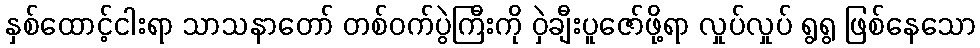
နှစ်ထောင့်ငါးရာ သာသနာတော် တစ်ဝက်ပွဲကြီးကို ဝှဲချီးပူဇော်ဖို့ရာ လှုပ်လှုပ် ရွရွ ဖြစ်နေသော